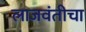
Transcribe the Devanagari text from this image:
लाजवंतीचा